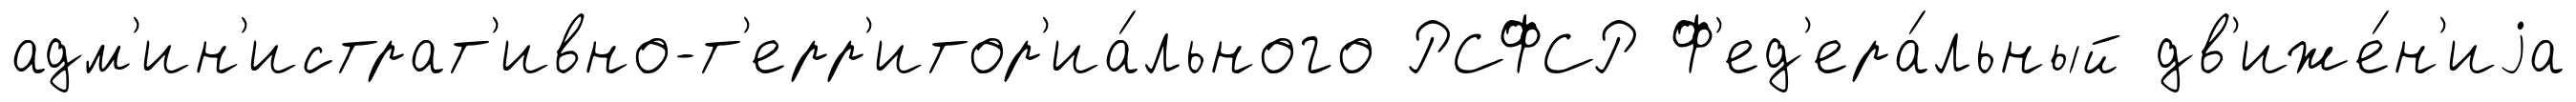
адм'ин'истрат'ивно-т'ерр'итор'иа́льного РСФСР Ф'ед'ера́льный дв'иже́н'иjа